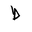
Letter: _da